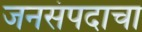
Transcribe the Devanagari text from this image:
जनसंपदाचा